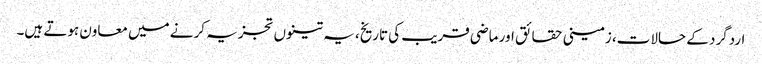
اردگرد کے حالات، زمینی حقائق اور ماضی قریب کی تاریخ، یہ تینوں تجزیہ کرنے میں معاون ہوتے ہیں۔